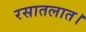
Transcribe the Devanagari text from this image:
रसातलात।